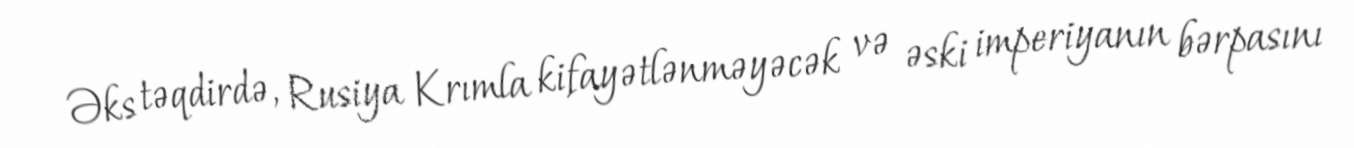
Əks təqdirdə, Rusiya Krımla kifayətlənməyəcək və əski imperiyanın bərpasını